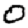
Digit: 0